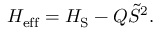
\begin{array} { r } { H _ { \mathrm { e f f } } = H _ { \mathrm { S } } - Q \tilde { S } ^ { 2 } . } \end{array}